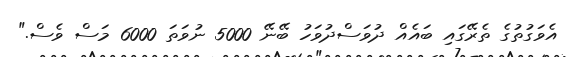
އެވަގުތުގެ ތެރޭގައި ބައެއް ދުވަސްދުވަހު ބޭނޭ 5000 ނުވަތަ 6000 މަސް ވެސް."